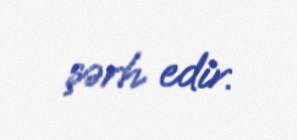
şərh edir.